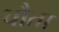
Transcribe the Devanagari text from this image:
चौता